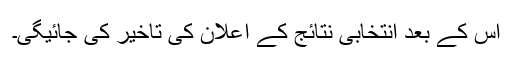
اس کے بعد انتخابی نتائج کے اعلان کی تاخیر کی جائیگی۔